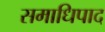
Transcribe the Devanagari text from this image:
समाधिपाद